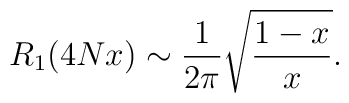
R_{1}(4Nx)\sim\frac{1}{2\pi}\sqrt{\frac{1-x}{x}}.